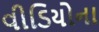
વીડિયોના